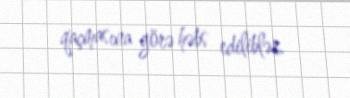
qaçmasına görə həbs ediliblər.